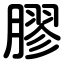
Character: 膠